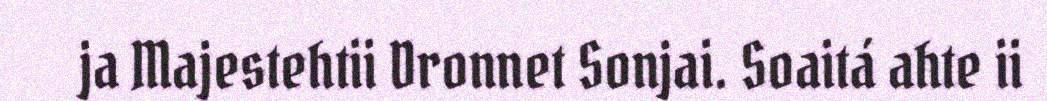
ja Majestehtii Dronnet Sonjai. Soaitá ahte ii